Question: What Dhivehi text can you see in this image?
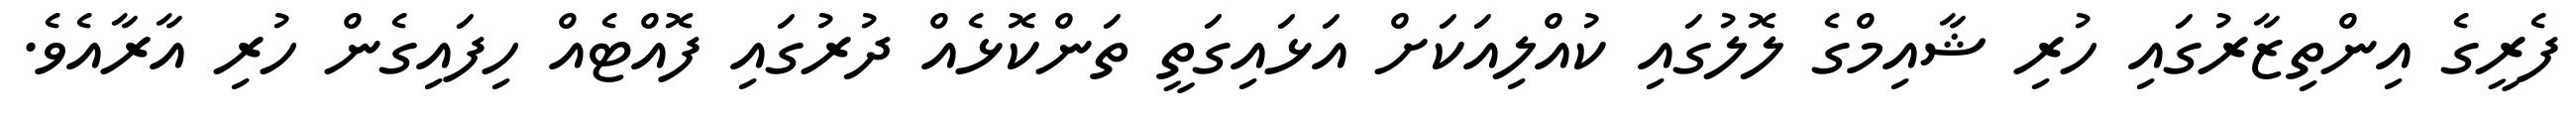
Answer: ފެރީގެ އިންތިޒާރުގައި ހުރި ޝާއިމްގެ ލޮލުގައި ކުއްލިއަކަށް އަޅައިގަތީ ތަންކޮޅެއް ދުރުގައި ފޮއްޓެއް ހިފައިގެން ހުރި އާރާއެވެ.